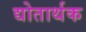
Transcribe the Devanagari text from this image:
द्योतार्थक